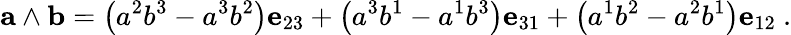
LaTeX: \mathbf{a}\wedge\mathbf{b}=\left(a^{2}b^{3}-a^{3}b^{2}\right)\mathbf{e}_{23}+\left(a^{3}b^{1}-a^{1}b^{3}\right)\mathbf{e}_{31}+\left(a^{1}b^{2}-a^{2}b^{1}\right)\mathbf{e}_{12}\ .